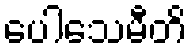
ပေါသေမီတိ